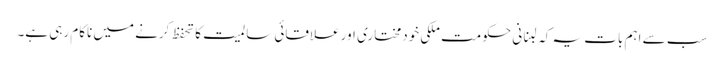
سب سے اہم بات یہ کہ لبنانی حکومت ملکی خودمختاری اور علاقائی سالمیت کا تحفظ کرنے میں ناکام رہی ہے۔